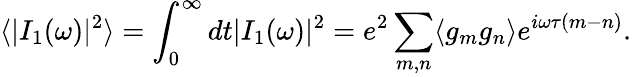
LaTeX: {\langle|I_{1}(\omega)|^{2}\rangle=\int_{0}^{\infty}dt|I_{1}(\omega)|^{2}=e^{2}\sum_{m,n}\langle g_{m}g_{n}\rangle e^{i\omega\tau(m-n)}.}